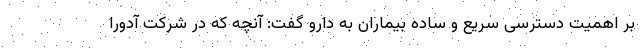
بر اهمیت دسترسی سریع و ساده بیماران به دارو گفت: آنچه که در شرکت آدورا